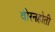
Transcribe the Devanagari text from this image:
वीरनहोती